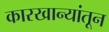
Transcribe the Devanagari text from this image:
कारखान्यांतून